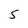
Character: 5